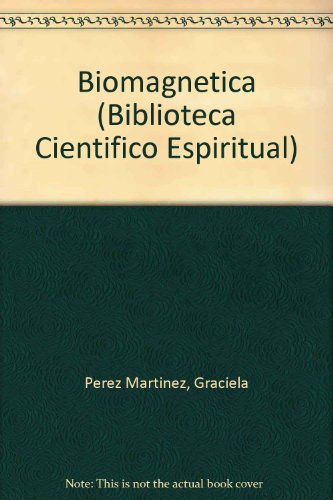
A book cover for Biomagnetica/ Biomagnetics: Campos Magneticos: Fuente de la Vida/ Magnetic Field: The Fountain Of Life (Biblioteca Cientifico Espiritual) (Spanish Edition); Graciela Perez Martinez; Science & Math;